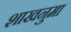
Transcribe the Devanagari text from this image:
शाखनुमा